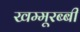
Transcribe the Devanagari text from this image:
खम्मूरब्बी